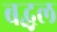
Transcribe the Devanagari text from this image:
बद्धल